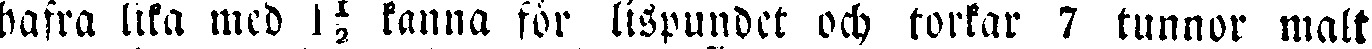
hafra lika med 1½ kanna för lispundet och forkar 7 tunnor malt